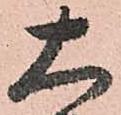
大